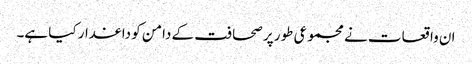
ان واقعات نے مجموعی طور پر صحافت کے دامن کو داغدار کیا ہے۔